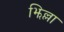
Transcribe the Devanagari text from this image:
झिल्ला